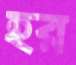
হর